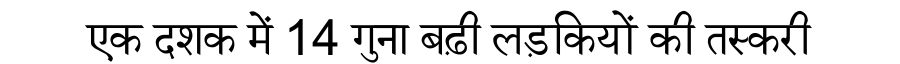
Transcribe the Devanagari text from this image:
एक दशक में 14 गुना बढ़ी लड़कियों की तस्करी